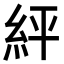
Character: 𮈈